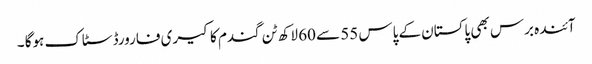
آئندہ برس بھی پاکستان کے پاس 55 سے 60 لاکھ ٹن گندم کا کیری فارورڈ سٹاک ہوگا ۔